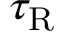
\tau _ { \mathrm { R } }